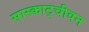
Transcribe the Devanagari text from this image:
सास्काट्चीवन